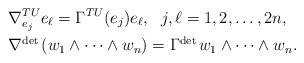
\begin{align*} &\nabla^{TU}_{e_j}e_{\ell}=\Gamma^{TU}(e_j)e_{\ell},\ \ j,\ell=1,2,\ldots,2n,\\&\nabla^{\mathrm{det\,}}(w_1\wedge\cdots\wedge w_n)=\Gamma^{\mathrm{det\,}}w_1\wedge\cdots\wedge w_n.\end{align*}